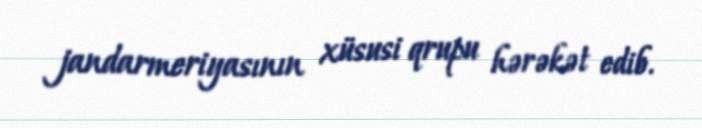
jandarmeriyasının xüsusi qrupu hərəkət edib.